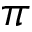
\pi